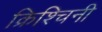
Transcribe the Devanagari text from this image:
क्रिश्चिनी